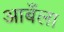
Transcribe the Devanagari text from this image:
आबँला